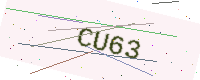
Text: CU63